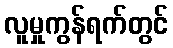
လူမှုကွန်ရက်တွင်